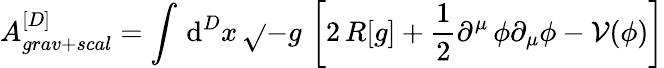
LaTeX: A_{grav+scal}^{[D]}=\int\, \mathrm{d}^{D}x\, \sqrt{}{{-g}}\, \left[2\, R[g]+\frac{{1}}{{2}}\partial^{\mu}\, \phi\partial_{\mu}\phi-\mathcal{{V}}(\phi)\right]